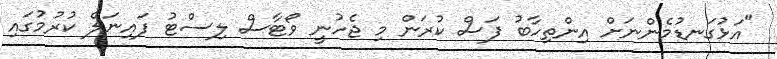
"އަޅުގަނޑުމެންނަށް އިންތިހާބު ފަސް ކުރަން މި ޖެހުނީ ވޯޓާސް ލިސްޓު ފައިނަލް ކުރުމުގައި